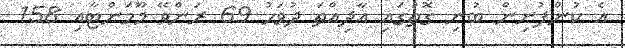
އެ ކުންފުނިން ބުނި ގޮތުގައި އާދިއްތަ ދުވަހު 69 ރަންވޭ މޫމަންްޓާއި 158